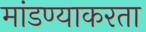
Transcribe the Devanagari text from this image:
मांडण्याकरता